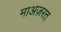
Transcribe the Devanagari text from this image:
माअज़रत